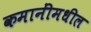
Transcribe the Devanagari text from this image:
कमानींमधील